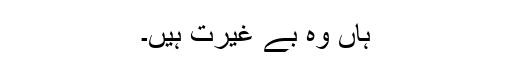
ہاں وہ بے غیرت ہیں۔